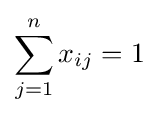
\sum _{j=1}^{n}x_{ij}=1